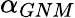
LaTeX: \alpha_{GNM}